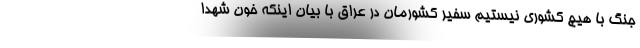
جنگ با هیچ کشوری نیستیم سفیر کشورمان در عراق با بیان اینکه خون شهدا